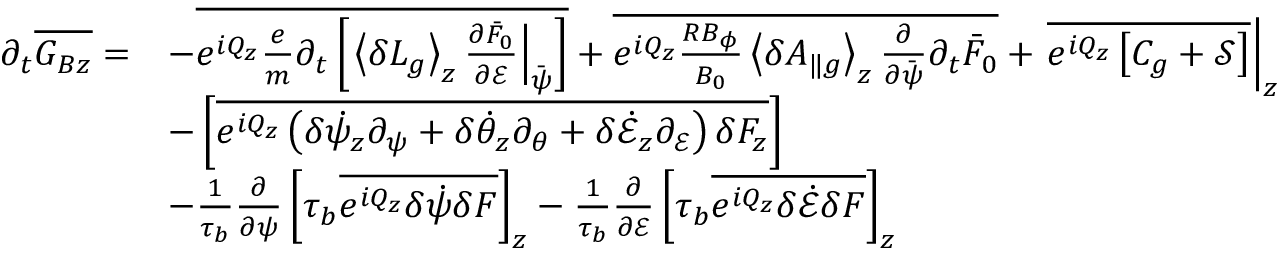
\begin{array} { r l } { \partial _ { t } \overline { { G _ { B z } } } = } & { - \overline { { e ^ { i Q _ { z } } \frac { e } { m } \partial _ { t } \left[ \left. \left\langle \delta L _ { g } \right\rangle _ { z } \frac { \partial \bar { F } _ { 0 } } { \partial \mathcal { E } } \right| _ { \bar { \psi } } \right] } } + \overline { { e ^ { i Q _ { z } } \frac { R B _ { \phi } } { B _ { 0 } } \left\langle \delta A _ { \| g } \right\rangle _ { z } \frac { \partial } { \partial \bar { \psi } } \partial _ { t } \bar { F } _ { 0 } } } + \left. \overline { { e ^ { i Q _ { z } } \left[ C _ { g } + \mathcal { S } \right] } } \right| _ { z } } \\ & { - \left[ \overline { { e ^ { i Q _ { z } } \left( \delta \dot { \psi } _ { z } \partial _ { \psi } + \delta \dot { \theta } _ { z } \partial _ { \theta } + \delta \dot { \mathcal { E } } _ { z } \partial _ { \mathcal { E } } \right) \delta F _ { z } } } \right] } \\ & { - \frac { 1 } { \tau _ { b } } \frac { \partial } { \partial \psi } \left[ \tau _ { b } \overline { { e ^ { i Q _ { z } } \delta \dot { \psi } \delta F } } \right] _ { z } - \frac { 1 } { \tau _ { b } } \frac { \partial } { \partial \mathcal { E } } \left[ \tau _ { b } \overline { { e ^ { i Q _ { z } } \delta \dot { \mathcal { E } } \delta F } } \right] _ { z } } \end{array}